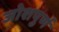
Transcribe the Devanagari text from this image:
जोशपुर्ण